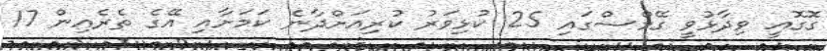
ގޮގޮއީ ވިދާޅުވީ ގޭމްސްގައި 25 ކުޅިވަރު ކުރިއަށްދާނެ ކަމަށާއި އޭގެ ތެރެއިން 17